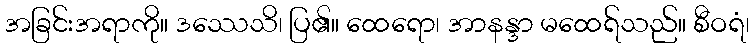
အခြင်းအရာကို။ ဒဿေသိ၊ ပြ၏။ ထေရော၊ အာနန္ဒာ မထေရ်သည်။ စီဝရံ၊